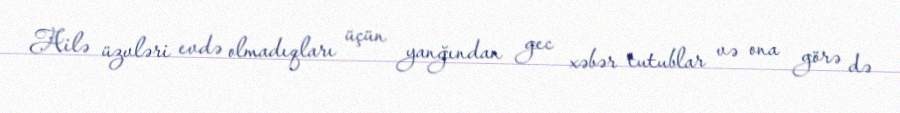
Ailə üzvləri evdə olmadıqları üçün yanğından gec xəbər tutublar və ona görə də